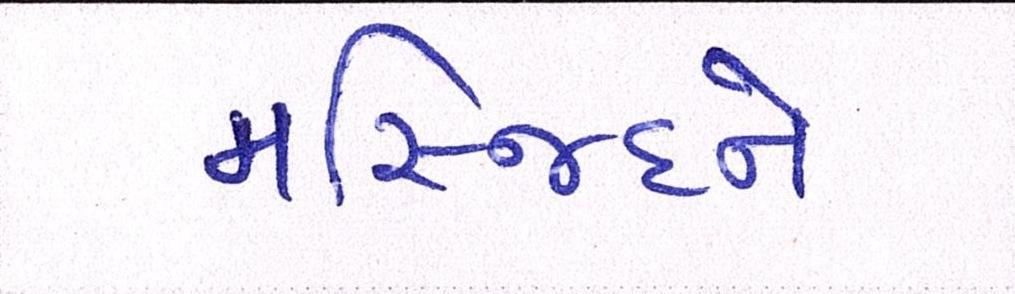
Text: મસ્જિદને